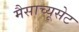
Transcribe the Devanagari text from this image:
मैसाच्यूसेट